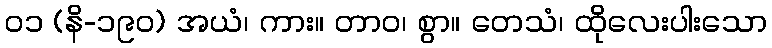
၀၁ (နိ-၁၉၀) အယံ၊ ကား။ တာဝ၊ စွာ။ တေသံ၊ ထိုလေးပါးသော